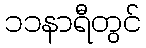
၁၁နာရီတွင်